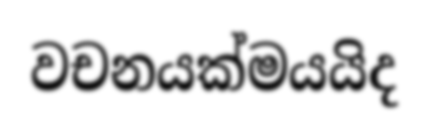
වචනයක්මයයිද